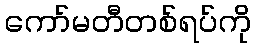
ကော်မတီတစ်ရပ်ကို